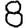
Digit: 8